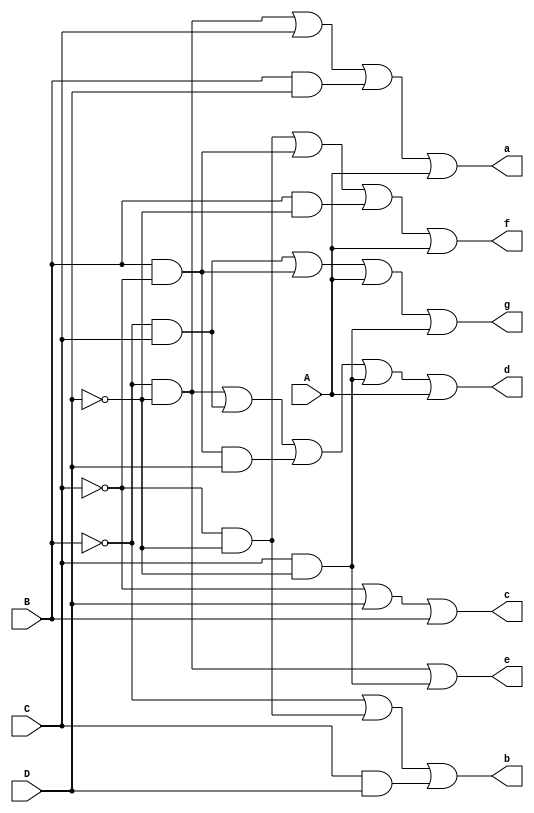
module bcd2seven(A,B,C,D,a,b,c,d,e,f,g);
  
  input A,B,C,D;
  output a,b,c,d,e,f,g;
  
  assign a = ~B&~D | C | B&D | A;
  assign b = ~B | ~C&~D | C&D;
  assign c = ~C | D | B; 
  assign d = ~B&~D | ~B&C | B&~C&D | C&~D | A;
  assign e = ~B&~D | C&~D;
  assign f = ~C&~D | B&~C | B&~D | A;
  assign g = ~B&C | B&~C | A | C&~D;
  
endmodule